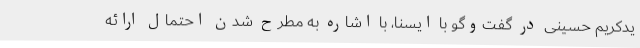
یدکریم حسینی در گفت‌وگو با ایسنا، با اشاره به مطرح شدن احتمال ارائه